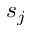
s _ { j }